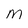
Character: M